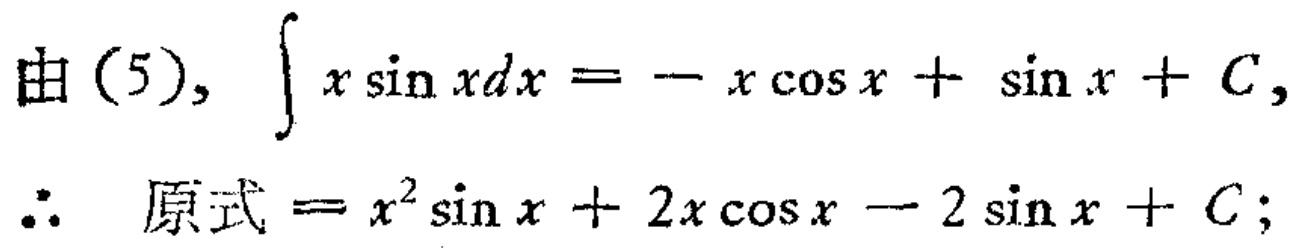
由 (5), \(\int x\sin xdx = -x\cos x + \sin x + C\),

\(\therefore\) 原式 \(= x^{2}\sin x + 2x\cos x - 2\sin x + C\);